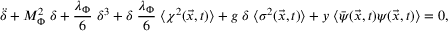
\ddot { \delta } + M _ { \Phi } ^ { 2 } \; \delta + \frac { \lambda _ { \Phi } } { 6 } \; \delta ^ { 3 } + \delta \; \frac { \lambda _ { \Phi } } { 6 } \; \langle \chi ^ { 2 } ( \vec { x } , t ) \rangle + g \; \delta \; \langle \sigma ^ { 2 } ( \vec { x } , t ) \rangle + y \; \langle { \bar { \psi } } ( \vec { x } , t ) \psi ( \vec { x } , t ) \rangle = 0 ,